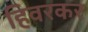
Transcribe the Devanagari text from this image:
हिवरकर